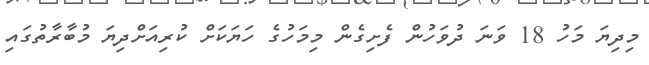
މިދިޔަ މަހު 18 ވަނަ ދުވަހުން ފެށިގެން މިމަހުގެ ހަޔަކަށް ކުރިއަށްދިޔަ މުބާރާތުގައި